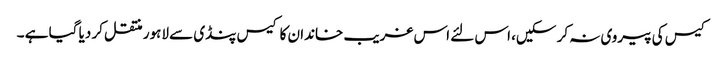
کیس کی پیروی نہ کر سکیں، اس لئے اس غریب خاندان کا کیس پنڈی سے لاہور منتقل کر دیا گیا ہے ۔